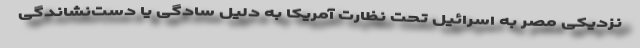
نزدیکی مصر به اسرائیل تحت نظارت آمریکا به دلیل سادگی یا دست‌نشاندگی